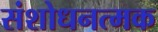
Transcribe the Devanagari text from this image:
संशोधनत्मक